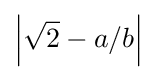
\left|{\sqrt {2}}-a/b\right|